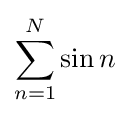
\sum _{n=1}^{N}\sin n